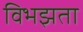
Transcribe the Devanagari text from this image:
विभझता